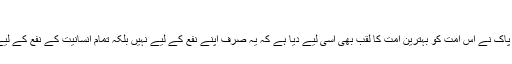
(العلل المتاہیتہ)
قرآن مجید میں اللہ پاک نے اس امت کو بہترین امت کا لقب بھی اسی لیے دیا ہے کہ یہ صرف اپنے نفع کے لیے نہیں بلکہ تمام انسانیت کے نفع کے لیے پیدا کی گئی ہے۔